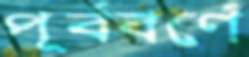
পূর্ববর্ণে